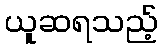
ယူဆရသည့်